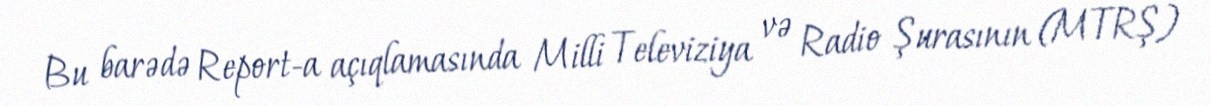
Bu barədə Report-a açıqlamasında Milli Televiziya və Radio Şurasının (MTRŞ)